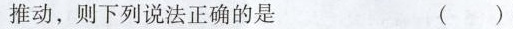
推动，则下列说法正确的是 ( )